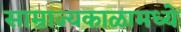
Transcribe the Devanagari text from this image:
साम्राज्यकाळामध्ये